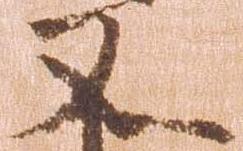
又